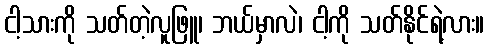
ငါ့သားကို သတ်တဲ့လူဖြူ၊ ဘယ်မှာလဲ၊ ငါ့ကို သတ်နိုင်ရဲ့လား။